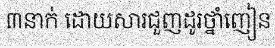
៣នាក់ ដោយសារជួញដូរថ្នាំញៀន